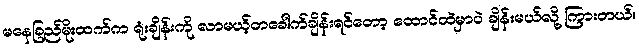
မနေခြည်မိုးထက်က ရုံးချိန်းကို လာမယ့်တခေါက်ချိန်းရင်တော့ ထောင်ထဲမှာပဲ ချိန်းမယ်လို့ ကြားတယ်။